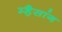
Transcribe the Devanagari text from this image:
म्हैसांग